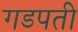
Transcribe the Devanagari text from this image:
गडपती